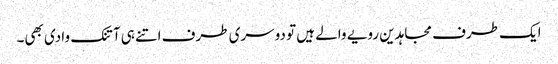
ایک طرف مجاہدین رویے والے ہیں تو دوسری طرف اتنے ہی آتنک وادی بھی۔